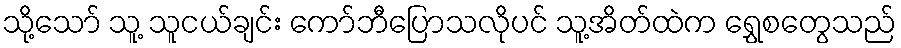
သို့သော် သူ့ သူငယ်ချင်း ကော်ဘီပြောသလိုပင် သူ့အိတ်ထဲက ရွှေစတွေသည်